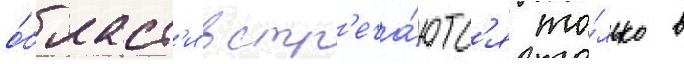
о́бласт'и встр'еча́ютс'я то́лько в